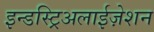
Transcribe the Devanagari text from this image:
इन्डस्ट्रिअलाईज़ेशन